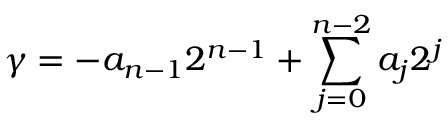
\gamma = - a _ { n - 1 } 2 ^ { n - 1 } + \sum _ { j = 0 } ^ { n - 2 } a _ { j } 2 ^ { j }